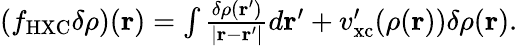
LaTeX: \begin{array}{r}{(f_{\mathrm{HXC}}\delta\rho)(\mathbf r)=\int\frac{\delta\rho(\mathbf r^{\prime})}{|\mathbf r-\mathbf r^{\prime}|}d\mathbf r^{\prime}+v_{\mathrm{xc}}^{\prime}(\rho(\mathbf r))\delta\rho(\mathbf r).}\end{array}